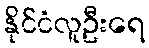
နိုင်ငံလူဦးရေ